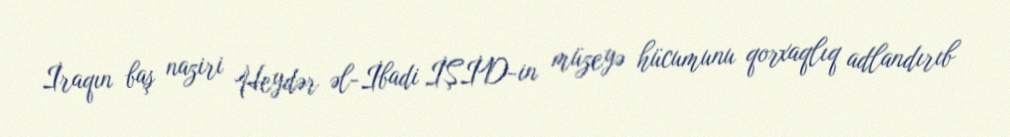
İraqın baş naziri Heydər əl-İbadi İŞİD-in müzeyə hücumunu qorxaqlıq adlandırıb